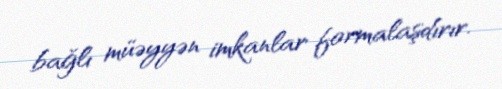
bağlı müəyyən imkanlar formalaşdırır.